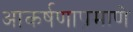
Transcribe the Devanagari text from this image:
आकर्षणाप्रमाणे